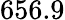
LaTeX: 656.9